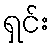
ရှင်း